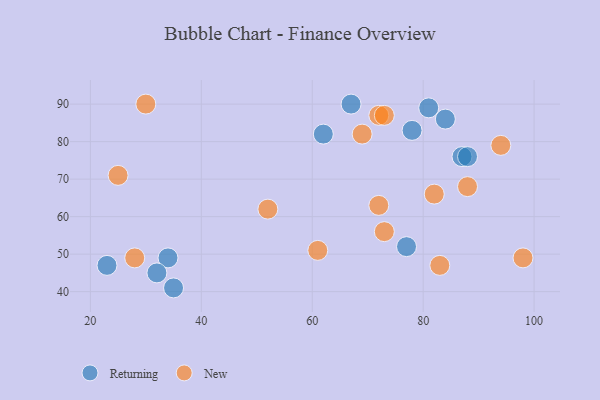
{"axis": {"x": "GDP", "y": "Life Expectancy"}, "legend": ["New", "Returning"], "data": [{"x": "23", "y": 47, "type": "Returning"}, {"x": "67", "y": 90, "type": "Returning"}, {"x": "81", "y": 89, "type": "Returning"}, {"x": "35", "y": 41, "type": "Returning"}, {"x": "78", "y": 83, "type": "Returning"}, {"x": "87", "y": 76, "type": "Returning"}, {"x": "62", "y": 82, "type": "Returning"}, {"x": "34", "y": 49, "type": "Returning"}, {"x": "88", "y": 76, "type": "Returning"}, {"x": "84", "y": 86, "type": "Returning"}, {"x": "77", "y": 52, "type": "Returning"}, {"x": "32", "y": 45, "type": "Returning"}, {"x": "25", "y": 71, "type": "New"}, {"x": "83", "y": 47, "type": "New"}, {"x": "88", "y": 68, "type": "New"}, {"x": "30", "y": 90, "type": "New"}, {"x": "72", "y": 87, "type": "New"}, {"x": "98", "y": 49, "type": "New"}, {"x": "82", "y": 66, "type": "New"}, {"x": "94", "y": 79, "type": "New"}, {"x": "52", "y": 62, "type": "New"}, {"x": "73", "y": 56, "type": "New"}, {"x": "72", "y": 63, "type": "New"}, {"x": "61", "y": 51, "type": "New"}, {"x": "28", "y": 49, "type": "New"}, {"x": "69", "y": 82, "type": "New"}, {"x": "73", "y": 87, "type": "New"}]}